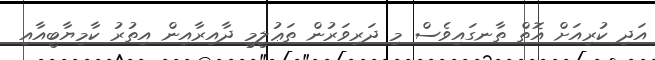
އަދި ކުރިއަށް އޮތް ތާނގައިވެސް މި ދަރިވަރުން ތަޢުލީމީ ދާއިރާއިން އިތުރު ކާމިޔާބީއާއި